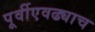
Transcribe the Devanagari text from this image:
पूर्वीएवढ्याच